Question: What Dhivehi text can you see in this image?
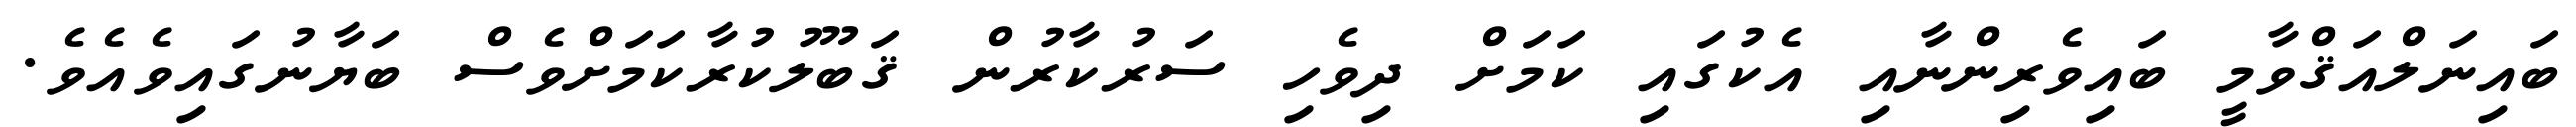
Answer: ބައިނަލްއަޤްވާމީ ބައިވެރިންނާއި އެކުގައި ކަމަށް ދިވެހި ސަރުކާރުން ޤަބޫލުކުރާކަމަށްވެސް ބަޔާނުގައިވެއެވެ.